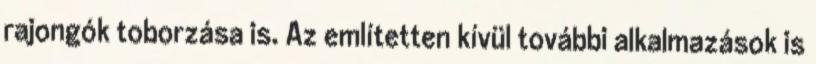
rajongók toborzása is. Az említetten kívül további alkalmazások is